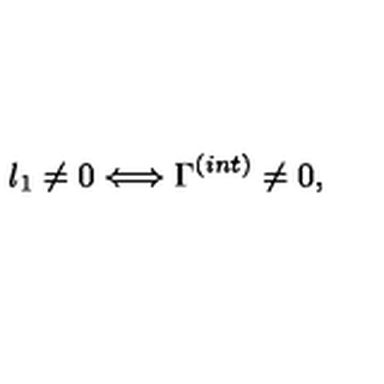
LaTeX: l _ { 1 } \not = 0 \Longleftrightarrow \Gamma ^ { ( i n t ) } \not = 0 , \nonumber